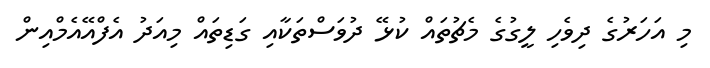
މި އަހަރުގެ ދިވެހި ލީގުގެ މެޗުތައް ކުޅޭ ދުވަސްތަކާއި ގަޑިތައް މިއަދު އެފްއޭއެމްއިން